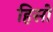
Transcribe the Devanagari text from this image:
हिसो